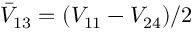
\bar { V } _ { 1 3 } = ( V _ { 1 1 } - V _ { 2 4 } ) / 2